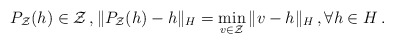
\begin{align*} P_{\mathcal{Z}}(h) \in \mathcal{Z}\,, \|P_{\mathcal{Z}}(h) - h\|_H = \min_{v \in \mathcal{Z}} \|v - h\|_H\,, \forall h \in H\,.\end{align*}